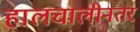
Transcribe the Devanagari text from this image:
हालचालीनंतर